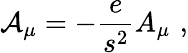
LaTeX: {{\cal A}}_{\mu}=-\frac{e}{s^{2}}A_{\mu}\, \, ,